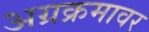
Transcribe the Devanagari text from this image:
अग्रक्रमावर